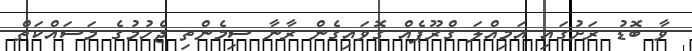
ވާ ބޮޑު ރަށުގައި އަމިއްލަ ގްރޫޕެއް ގޮވައިގެން ރާނާ ސިމެންތި ޖެހުމުގެ މަސައްކަތް